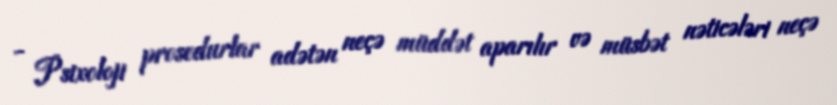
- Psixoloji prosedurlar adətən neçə müddət aparılır və müsbət nəticələri neçə